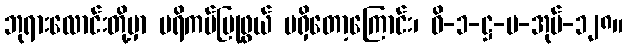
ဘုရားလောင်းတို့မှာ ပရိကမ်ပြုဖွယ် မရှိတော့ကြောင်း၊ ဝိ-၁-ဋ္ဌ-ပ-အုပ်-၁၂၈။